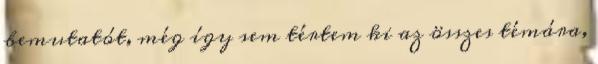
bemutatót, még így sem tértem ki az összes témára,